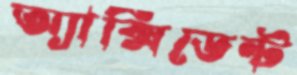
অ্যাক্সিডেন্ট